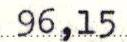
96,15